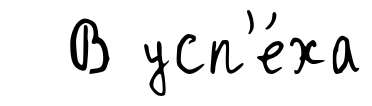
В усп'е́ха